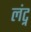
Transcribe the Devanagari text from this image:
लंट्न